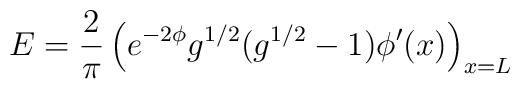
E={2 \over \pi} \left(e^{-2\phi} g^{1/2}(g^{1/2}-1)\phi' (x) \right)_{x=L}